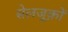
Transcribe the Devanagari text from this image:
सेलजूक़ों